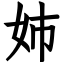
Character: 姉